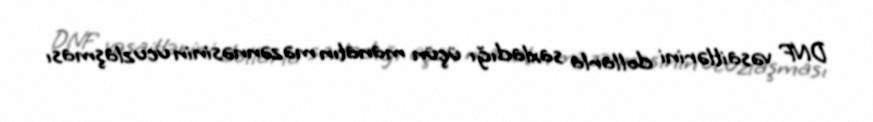
DNF vəsaitlərini dollarla saxladığı üçün manatın məzənnəsinin ucuzlaşması